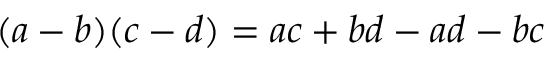
( a - b ) ( c - d ) = a c + b d - a d - b c